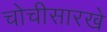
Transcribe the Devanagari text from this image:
चोचीसारखे